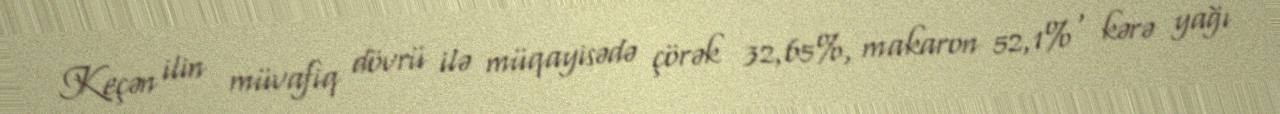
Keçən ilin müvafiq dövrü ilə müqayisədə çörək 32,65%, makaron 52,1% , kərə yağı